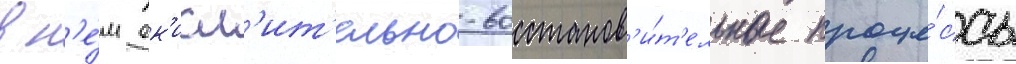
в н'е́м ок'исл'ит'ельно-восстанов'и́т'ельные проце́ссы